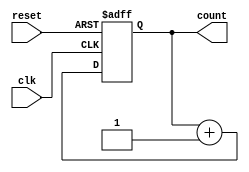
module binary_up_counter #(
    parameter n = 4 // Parameter to define the bit width of the counter
)(
    input wire clk,         // Clock signal
    input wire reset,       // Asynchronous reset signal
    output reg [n-1:0] count // n-bit counter output
);

// Always block triggered on the rising edge of the clock or the reset signal
always @(posedge clk or posedge reset) begin
    if (reset) begin
        count <= 0; // Reset the counter to 0
    end else begin
        count <= count + 1; // Increment the counter
    end
end

endmodule